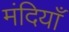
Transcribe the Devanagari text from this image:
मंदियाँ